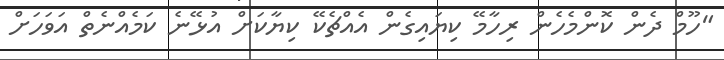
"ހޫމް ދެން ކޮންމެހެން ރިހާމޭ ކިޔައިގެން އެއްޗެކޭ ކިޔާކަށް އުޅޭނެ ކަމެއްނެތް އަވަހަށް